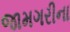
જામગરીના